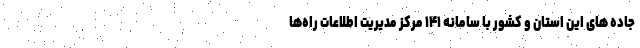
جاده های این استان و کشور با سامانه ۱۴۱ مرکز مدیریت اطلاعات راه‌ها